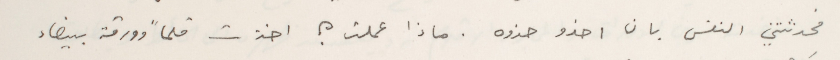
فحدثتني النفس بان احذو حذوه. ماذا عملت ؟ اخذت قلماً وورقة بيضاء